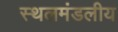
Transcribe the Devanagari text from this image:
स्थलमंडलीय